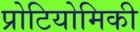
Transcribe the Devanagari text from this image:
प्रोटियोमिकी